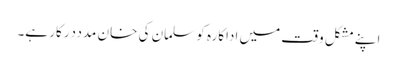
اپنے مشکل وقت میں اداکارہ کو سلمان کی خان مدددرکار ہے۔